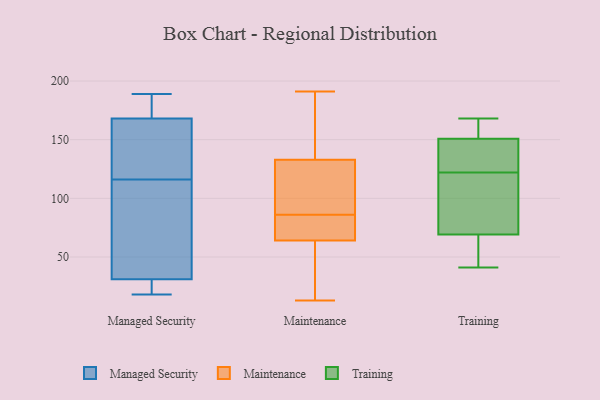
{"axis": {"x": "Active Users", "y": "Value"}, "legend": ["Maintenance", "Managed Security", "Training"], "data": [{"x": "", "y": 186, "type": "Managed Security"}, {"x": "", "y": 22, "type": "Managed Security"}, {"x": "", "y": 47, "type": "Managed Security"}, {"x": "", "y": 189, "type": "Managed Security"}, {"x": "", "y": 31, "type": "Managed Security"}, {"x": "", "y": 168, "type": "Managed Security"}, {"x": "", "y": 144, "type": "Managed Security"}, {"x": "", "y": 18, "type": "Managed Security"}, {"x": "", "y": 97, "type": "Managed Security"}, {"x": "", "y": 135, "type": "Managed Security"}, {"x": "", "y": 93, "type": "Maintenance"}, {"x": "", "y": 103, "type": "Maintenance"}, {"x": "", "y": 133, "type": "Maintenance"}, {"x": "", "y": 69, "type": "Maintenance"}, {"x": "", "y": 65, "type": "Maintenance"}, {"x": "", "y": 61, "type": "Maintenance"}, {"x": "", "y": 73, "type": "Maintenance"}, {"x": "", "y": 142, "type": "Maintenance"}, {"x": "", "y": 35, "type": "Maintenance"}, {"x": "", "y": 191, "type": "Maintenance"}, {"x": "", "y": 145, "type": "Maintenance"}, {"x": "", "y": 79, "type": "Maintenance"}, {"x": "", "y": 98, "type": "Maintenance"}, {"x": "", "y": 23, "type": "Maintenance"}, {"x": "", "y": 152, "type": "Maintenance"}, {"x": "", "y": 64, "type": "Maintenance"}, {"x": "", "y": 97, "type": "Maintenance"}, {"x": "", "y": 13, "type": "Maintenance"}, {"x": "", "y": 41, "type": "Training"}, {"x": "", "y": 168, "type": "Training"}, {"x": "", "y": 60, "type": "Training"}, {"x": "", "y": 151, "type": "Training"}, {"x": "", "y": 129, "type": "Training"}, {"x": "", "y": 112, "type": "Training"}, {"x": "", "y": 154, "type": "Training"}, {"x": "", "y": 94, "type": "Training"}, {"x": "", "y": 61, "type": "Training"}, {"x": "", "y": 150, "type": "Training"}, {"x": "", "y": 122, "type": "Training"}]}